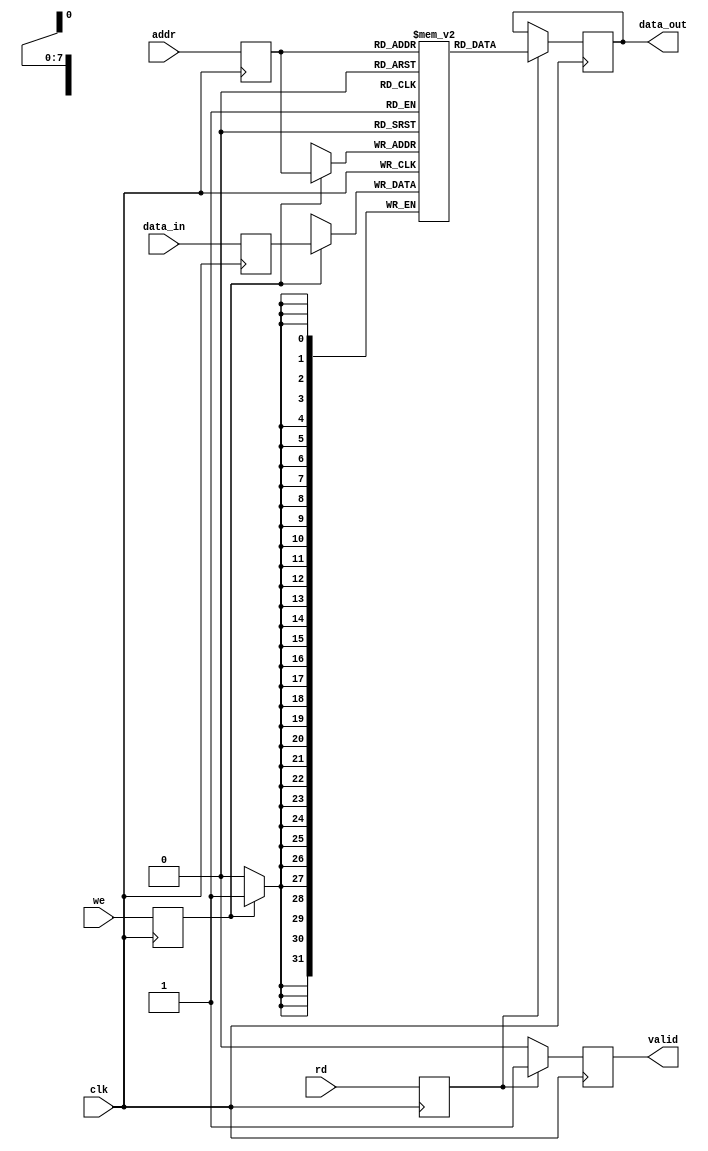
module pipeline_ram #(
    parameter ADDR_WIDTH = 8, // Number of address bits (2^ADDR_WIDTH locations)
    parameter DATA_WIDTH = 32  // Width of each data word (in bits)
)(
    input wire clk,            // Clock signal
    input wire [ADDR_WIDTH-1:0] addr, // Address input
    input wire [DATA_WIDTH-1:0] data_in, // Data input
    input wire we,            // Write enable
    input wire rd,            // Read enable
    output reg [DATA_WIDTH-1:0] data_out, // Data output
    output reg valid          // Valid signal for data_out
);

    // Memory array declaration
    reg [DATA_WIDTH-1:0] mem_array [(2**ADDR_WIDTH)-1:0];

    // Pipeline registers
    reg [ADDR_WIDTH-1:0] addr_reg;
    reg [DATA_WIDTH-1:0] data_in_reg;
    reg we_reg;
    reg rd_reg;

    // Pipelining stages
    always @(posedge clk) begin
        // Stage 1: Latch inputs
        addr_reg <= addr;
        data_in_reg <= data_in;
        we_reg <= we;
        rd_reg <= rd;
    end

    always @(posedge clk) begin
        // Stage 2: Write operation
        if (we_reg) begin
            mem_array[addr_reg] <= data_in_reg;
        end
    end

    always @(posedge clk) begin
        // Stage 3: Read operation
        if (rd_reg) begin
            data_out <= mem_array[addr_reg];
            valid <= 1'b1; // Indicate valid data
        end else begin
            valid <= 1'b0; // No valid data
        end
    end

endmodule